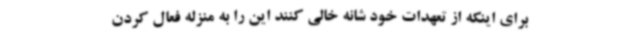
برای اینکه از تعهدات خود شانه خالی کنند این را به منزله فعال کردن